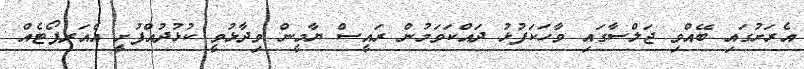
އެރަށުގައި ބޭއްވި ޖަލްސާގައި ވާހަކަފުޅު ދައްކަވަމުން ރައީސް ޔާމީން ވިދާޅުވީ ކުޅުދުއްފުށީ އެއަރޕޯޓެއް